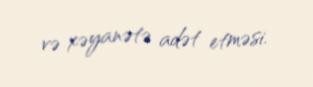
və xəyanətə adət etməsi.